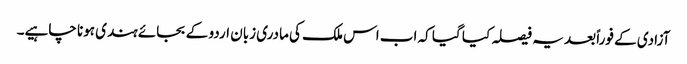
آزادی کے فوراً بعد یہ فیصلہ کیا گیا کہ اب اس ملک کی مادری زبان اردو کے بجائے ہندی ہونا چاہیے۔